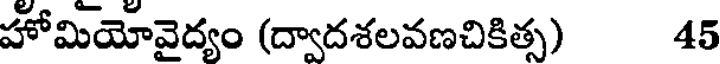
హోమియోవైద్యం (ద్వాదశలవణచికిత్స) 45